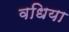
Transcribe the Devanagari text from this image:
वधिया